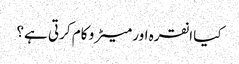
کیا انقرہ اور میٹرو کام کرتی ہے؟